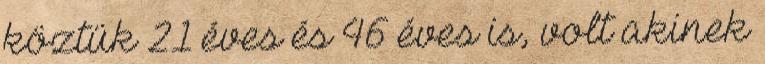
köztük 21 éves és 46 éves is, volt akinek